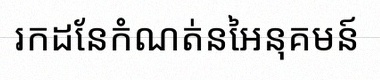
រកដែនកំណត់នៃអនុគមន៍